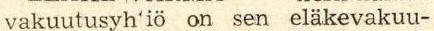
vakuutusyh'iö on sen eläkevakuu-